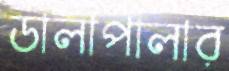
ডালাপালার